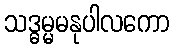
သဒ္ဓမ္မမနုပါလကော